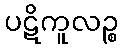
ပဋိကူလဉ္စ